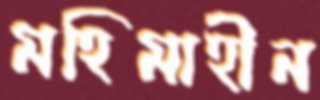
মহিমাহীন